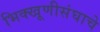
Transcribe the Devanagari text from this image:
भिक्खूणीसंघाचे